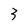
Character: 3